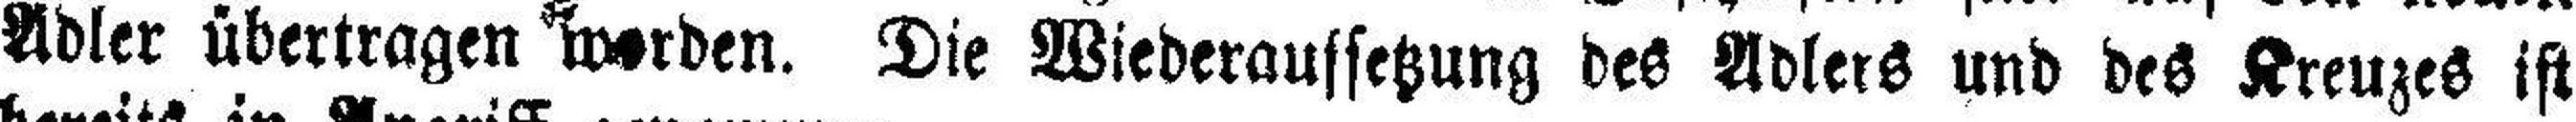
Adler übertragen worden. Die Wiederaussetzung des Adlers und des Kreuzes ist